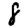
Digit: 8